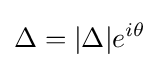
\Delta =|\Delta |e^{i\theta }